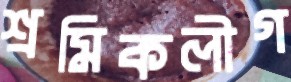
শ্রমিকলীগ